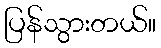
ပြန်သွားတယ်။